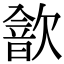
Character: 𣤗